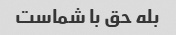
بله حق با شماست